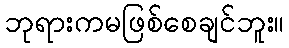
ဘုရားကမဖြစ်စေချင်ဘူး။